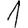
Digit: 1